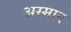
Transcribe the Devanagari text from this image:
अस्मान